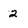
Character: 2